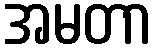
အမတာ